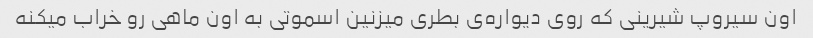
اون سیروپ شیرینی که روی دیواره‌ی بطری میزنین اسموتی به اون ماهی رو خراب میکنه